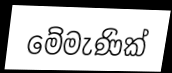
මේමැණික්